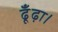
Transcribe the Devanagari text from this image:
ढूँढ़ा।